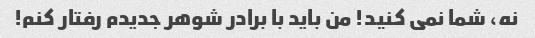
نه، شما نمی کنید! من باید با برادر شوهر جدیدم رفتار کنم!